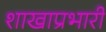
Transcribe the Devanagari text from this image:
शाखाप्रभारी